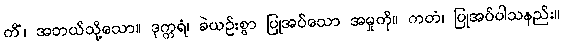
ကိံ၊ အဘယ်သို့သော။ ဒုက္ကရံ၊ ခဲယဉ်းစွာ ပြုအပ်သော အမှုကို။ ကတံ၊ ပြုအပ်ပါသနည်း။